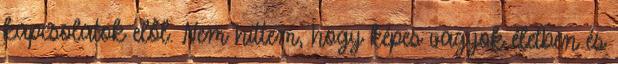
kapcsolatok elől. Nem hittem, hogy képes vagyok életben és